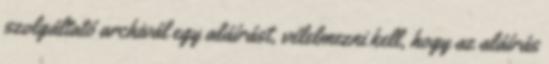
szolgáltató archivál egy aláírást, vélelmezni kell, hogy az aláírás